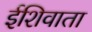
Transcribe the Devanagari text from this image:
ईशिवाता